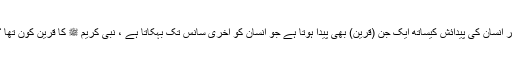
ہر انسان کی پیدائش کیساتھ ایک جن (قرین) بھی پیدا ہوتا ہے جو انسان کو آخری سانس تک بہکاتا ہے ، نبی کریم ﷺ کا قرین کون تھا ؟